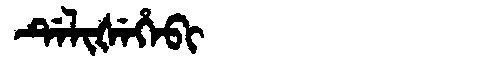
Manchu: ᡩᡝᠯᡳᡧᡝᡥᡝᠪᡳ
Romanization: DELIŠEHEBI